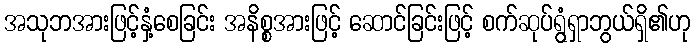
အသုဘအားဖြင့်နှံ့စေခြင်း အနိစ္စအားဖြင့် ဆောင်ခြင်းဖြင့် စက်ဆုပ်ရွံရှာဘွယ်ရှိ၏ဟု